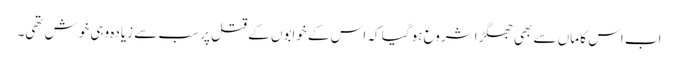
اب اس کا ماں سے بھی جھگڑا شروع ہو گیا کہ اس کے خوابوں کے قتل پر سب سے زیادہ وہی خوش تھی۔